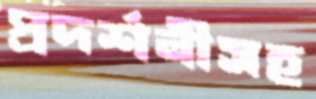
প্রদর্শনীসহ